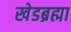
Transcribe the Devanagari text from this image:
खेडब्रह्मा